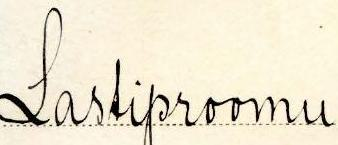
Lastiproomu